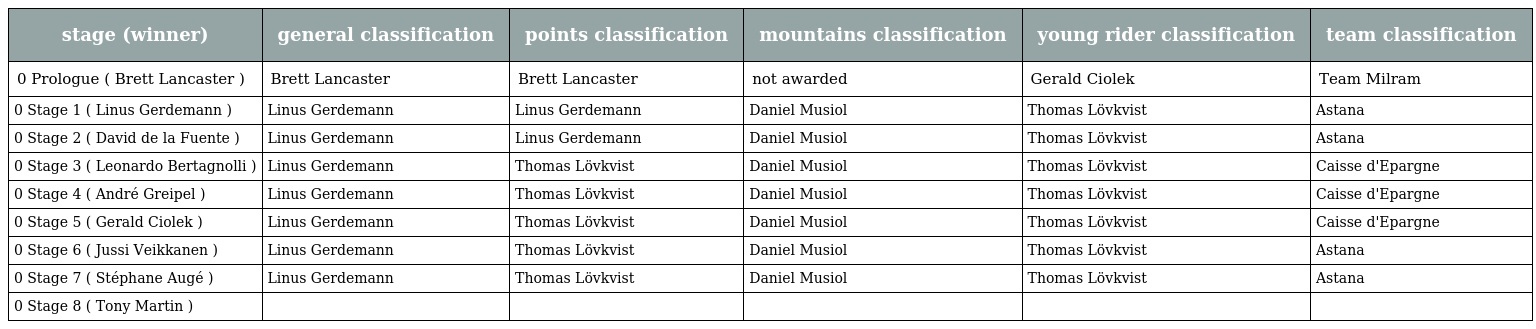
| stage (winner) | general classification | points classification | mountains classification | young rider classification | team classification |
 | --- | --- | --- | --- | --- | --- |
 | 0 Prologue ( Brett Lancaster ) | Brett Lancaster | Brett Lancaster | not awarded | Gerald Ciolek | Team Milram |
 | 0 Stage 1 ( Linus Gerdemann ) | Linus Gerdemann | Linus Gerdemann | Daniel Musiol | Thomas Lövkvist | Astana |
 | 0 Stage 2 ( David de la Fuente ) | Linus Gerdemann | Linus Gerdemann | Daniel Musiol | Thomas Lövkvist | Astana |
 | 0 Stage 3 ( Leonardo Bertagnolli ) | Linus Gerdemann | Thomas Lövkvist | Daniel Musiol | Thomas Lövkvist | Caisse d'Epargne |
 | 0 Stage 4 ( André Greipel ) | Linus Gerdemann | Thomas Lövkvist | Daniel Musiol | Thomas Lövkvist | Caisse d'Epargne |
 | 0 Stage 5 ( Gerald Ciolek ) | Linus Gerdemann | Thomas Lövkvist | Daniel Musiol | Thomas Lövkvist | Caisse d'Epargne |
 | 0 Stage 6 ( Jussi Veikkanen ) | Linus Gerdemann | Thomas Lövkvist | Daniel Musiol | Thomas Lövkvist | Astana |
 | 0 Stage 7 ( Stéphane Augé ) | Linus Gerdemann | Thomas Lövkvist | Daniel Musiol | Thomas Lövkvist | Astana |
 | 0 Stage 8 ( Tony Martin ) |  |  |  |  |  |